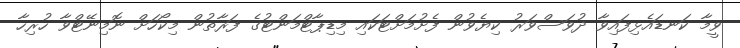
ވީމާ ކަނޑައެޅިފައިވާ ދުވަސްވަރު ކިޔެވުން ފެށުމަށްޓަކައި މިޑިޕާޓްމަންޓުގެ ފަރާތުން މިކޯހަށް ނޮމިނޭޓްވާ ހުރިހާ